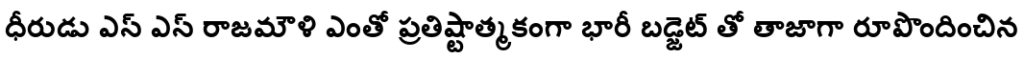
ధీరుడు ఎస్ ఎస్ రాజమౌళి ఎంతో ప్రతిష్టాత్మకంగా భారీ బడ్జెట్ తో తాజాగా రూపొందించిన